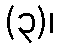
(၃)၊